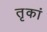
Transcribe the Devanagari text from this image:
तृकां